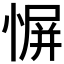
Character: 𫺬